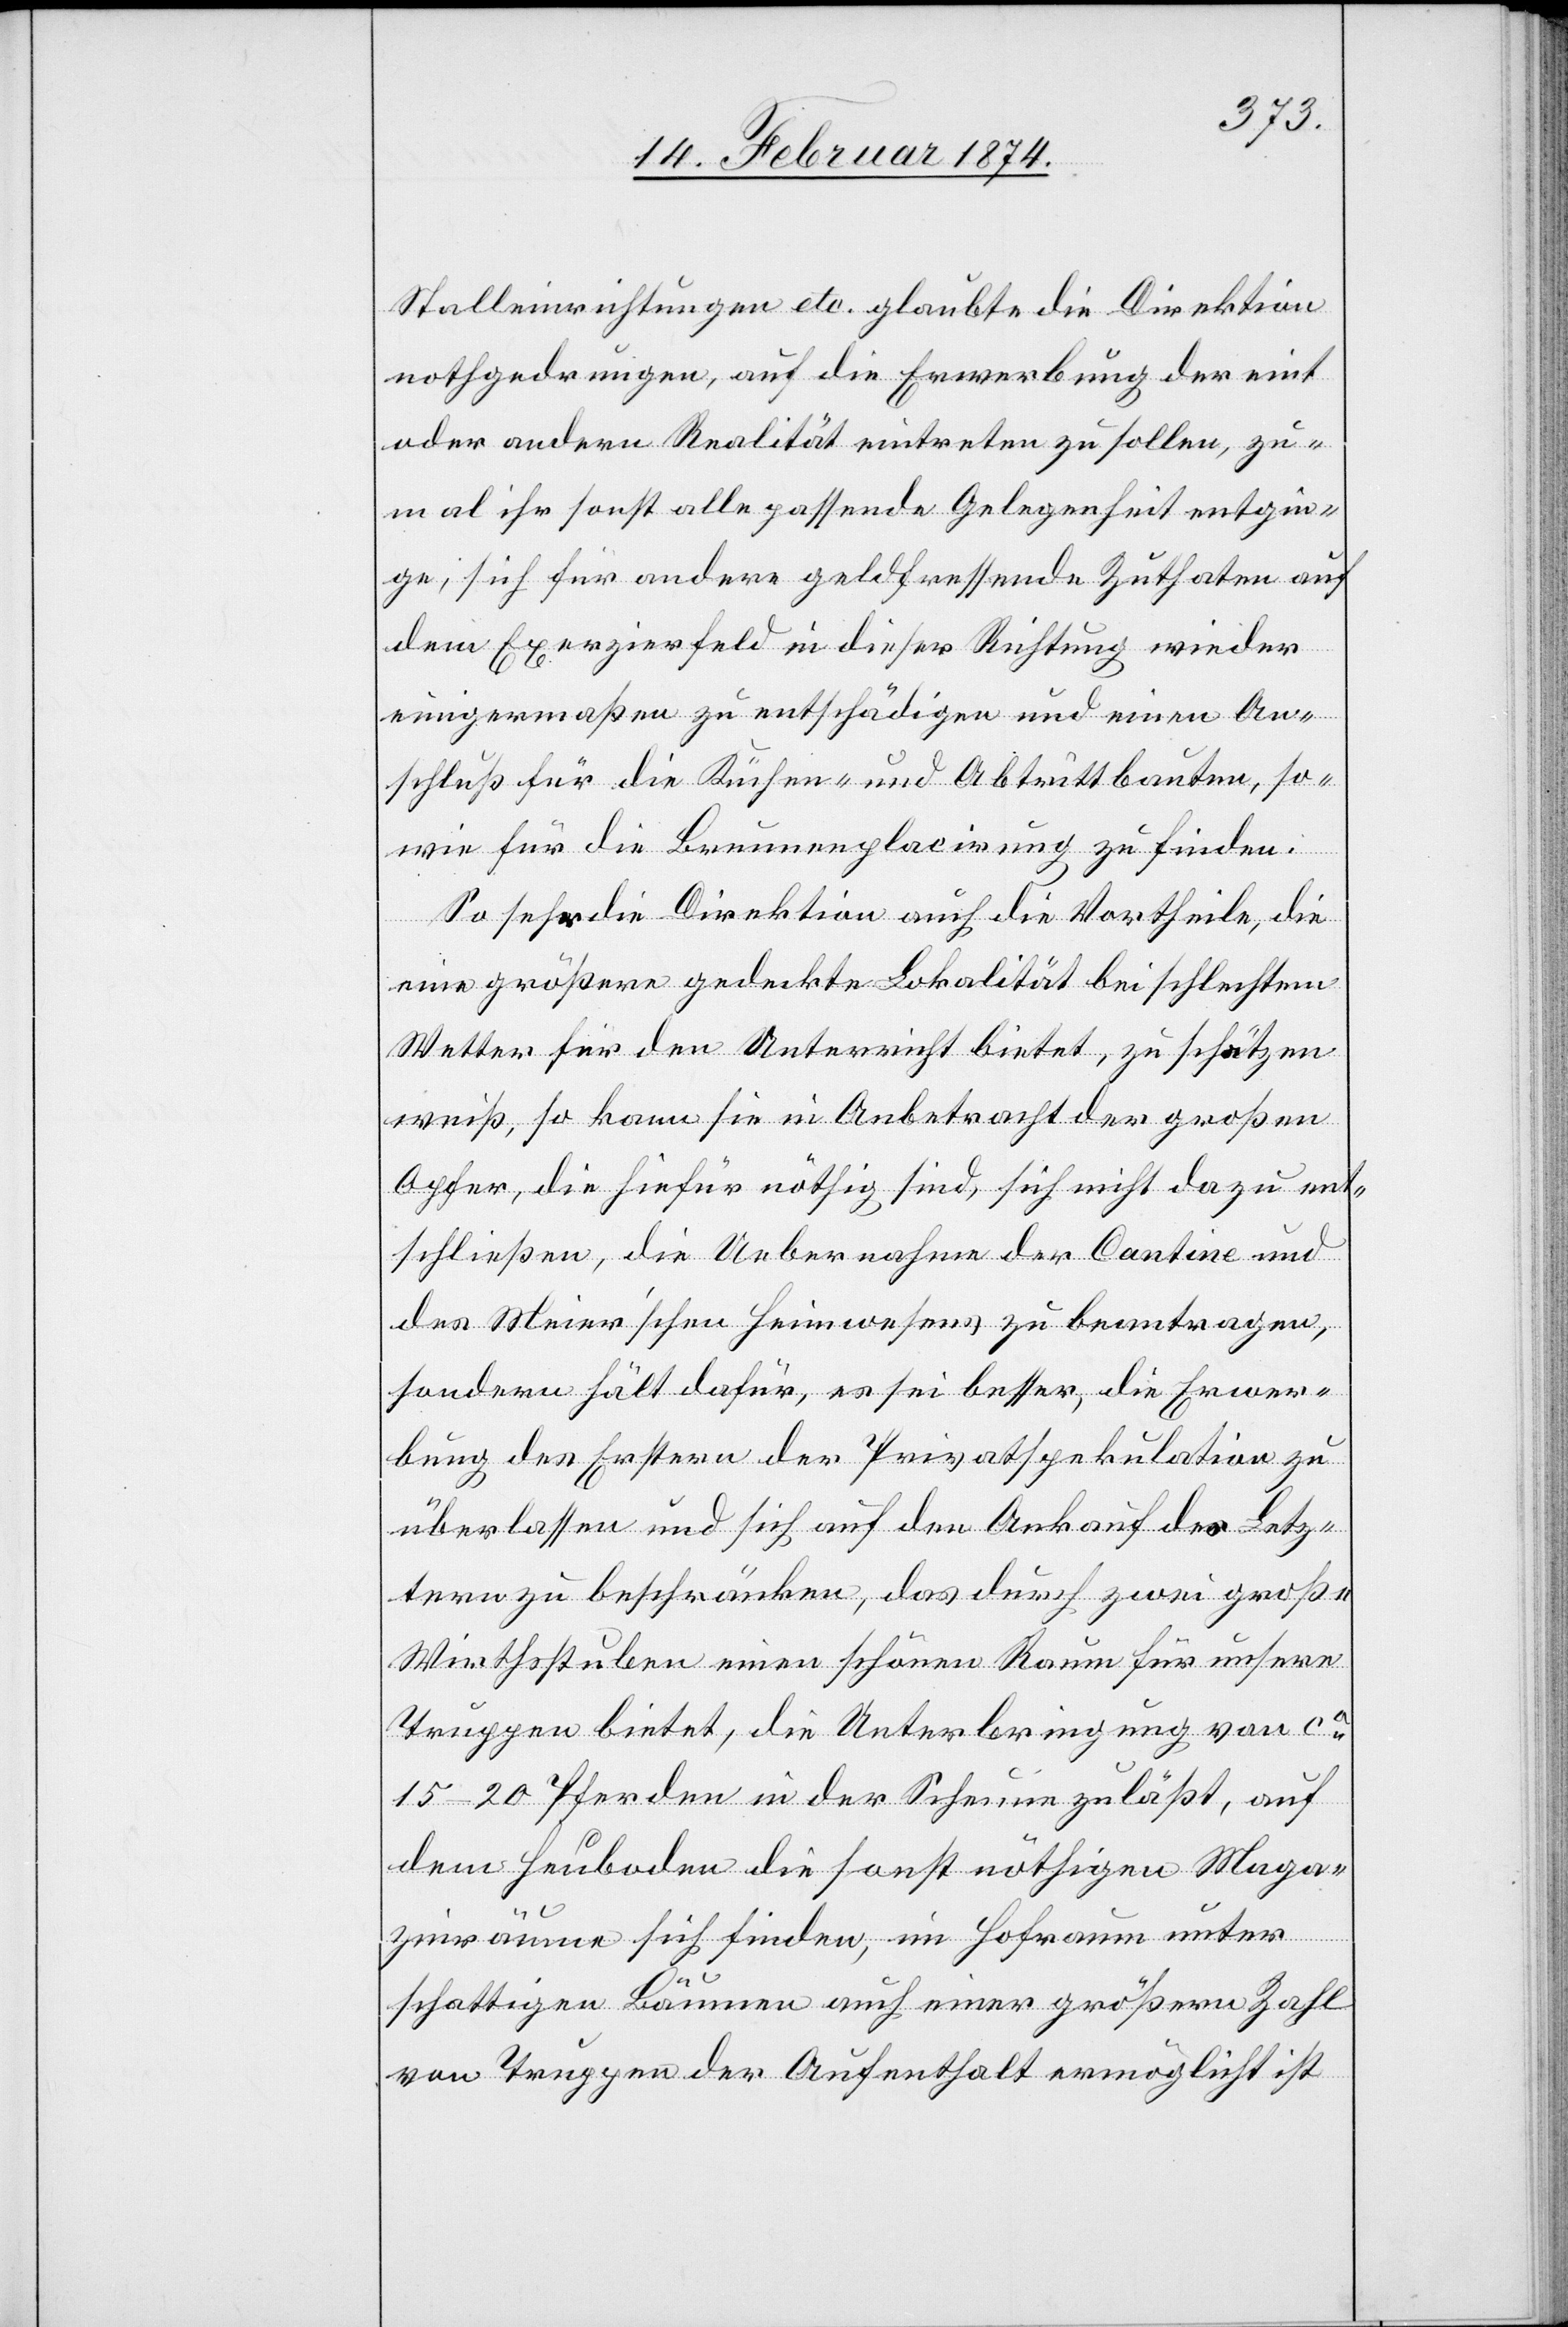
Stalleinrichtungen etc. glaubte die Direktion
nothgedrungen, auf die Erwerbung der eint
oder anderen Realität eintreten zu sollen, zu¬
mal ihr sonst alle passende Gelegenheit entge¬
he, sich für andere geldfressende Zuthaten auf
dem Exerzierfeld in dieser Richtung wieder
einigermaßen zu entschädigen und einen An¬
schluß für die Küchen- und Abtrittbauten, so¬
wie für die Brunnenplacirung zu finden.
So sehe die Direktion auch die Vortheile, die
eine größere gedeckte Lokalität bei schlechtem
Wetter für den Unterricht bietet, zu schätzen
weiß, so kann sie in Anbetracht der großen
Opfer, die hiefür nöthig sind, sich nicht dazu ent¬
schließen, die Uebernahme der Cantine und
des Meier’schen Heimwesens zu beantragen,
sondern hält dafür, es sei besser, die Erwer¬
bung der Erstern der Privatspekulation zu
überlassen und sich auf den Ankauf des Letz¬
tern zu beschränken, das durch zwei große
Wirthsstuben einen schönen Raum für unsere
Truppen bietet, die Unterbringung von ca
15–20 Pferden in der Scheune zuläßt, auf
dem Heuboden die sonst nöthigen Maga¬
zinräume sich finden, im Hofraume unter
schattigen Bäumen auch einer größeren Zahl
von Truppen der Aufenthalt ermöglicht ist